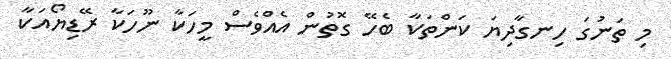
މި ތަނުގަ ހިނގާދިޔަ ކަންތަކާ ބެހޭ ގޮތުން އެއްވެސް މީހަކާ ނޫހަކާ ރޭޑިޔޯއަކާ